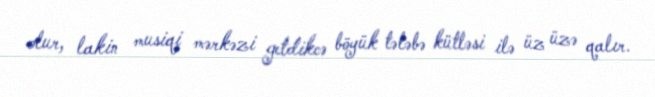
olur, lakin musiqi mərkəzi getdikcə böyük tələbə kütləsi ilə üz üzə qalır.